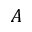
A